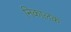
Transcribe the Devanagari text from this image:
निकालक